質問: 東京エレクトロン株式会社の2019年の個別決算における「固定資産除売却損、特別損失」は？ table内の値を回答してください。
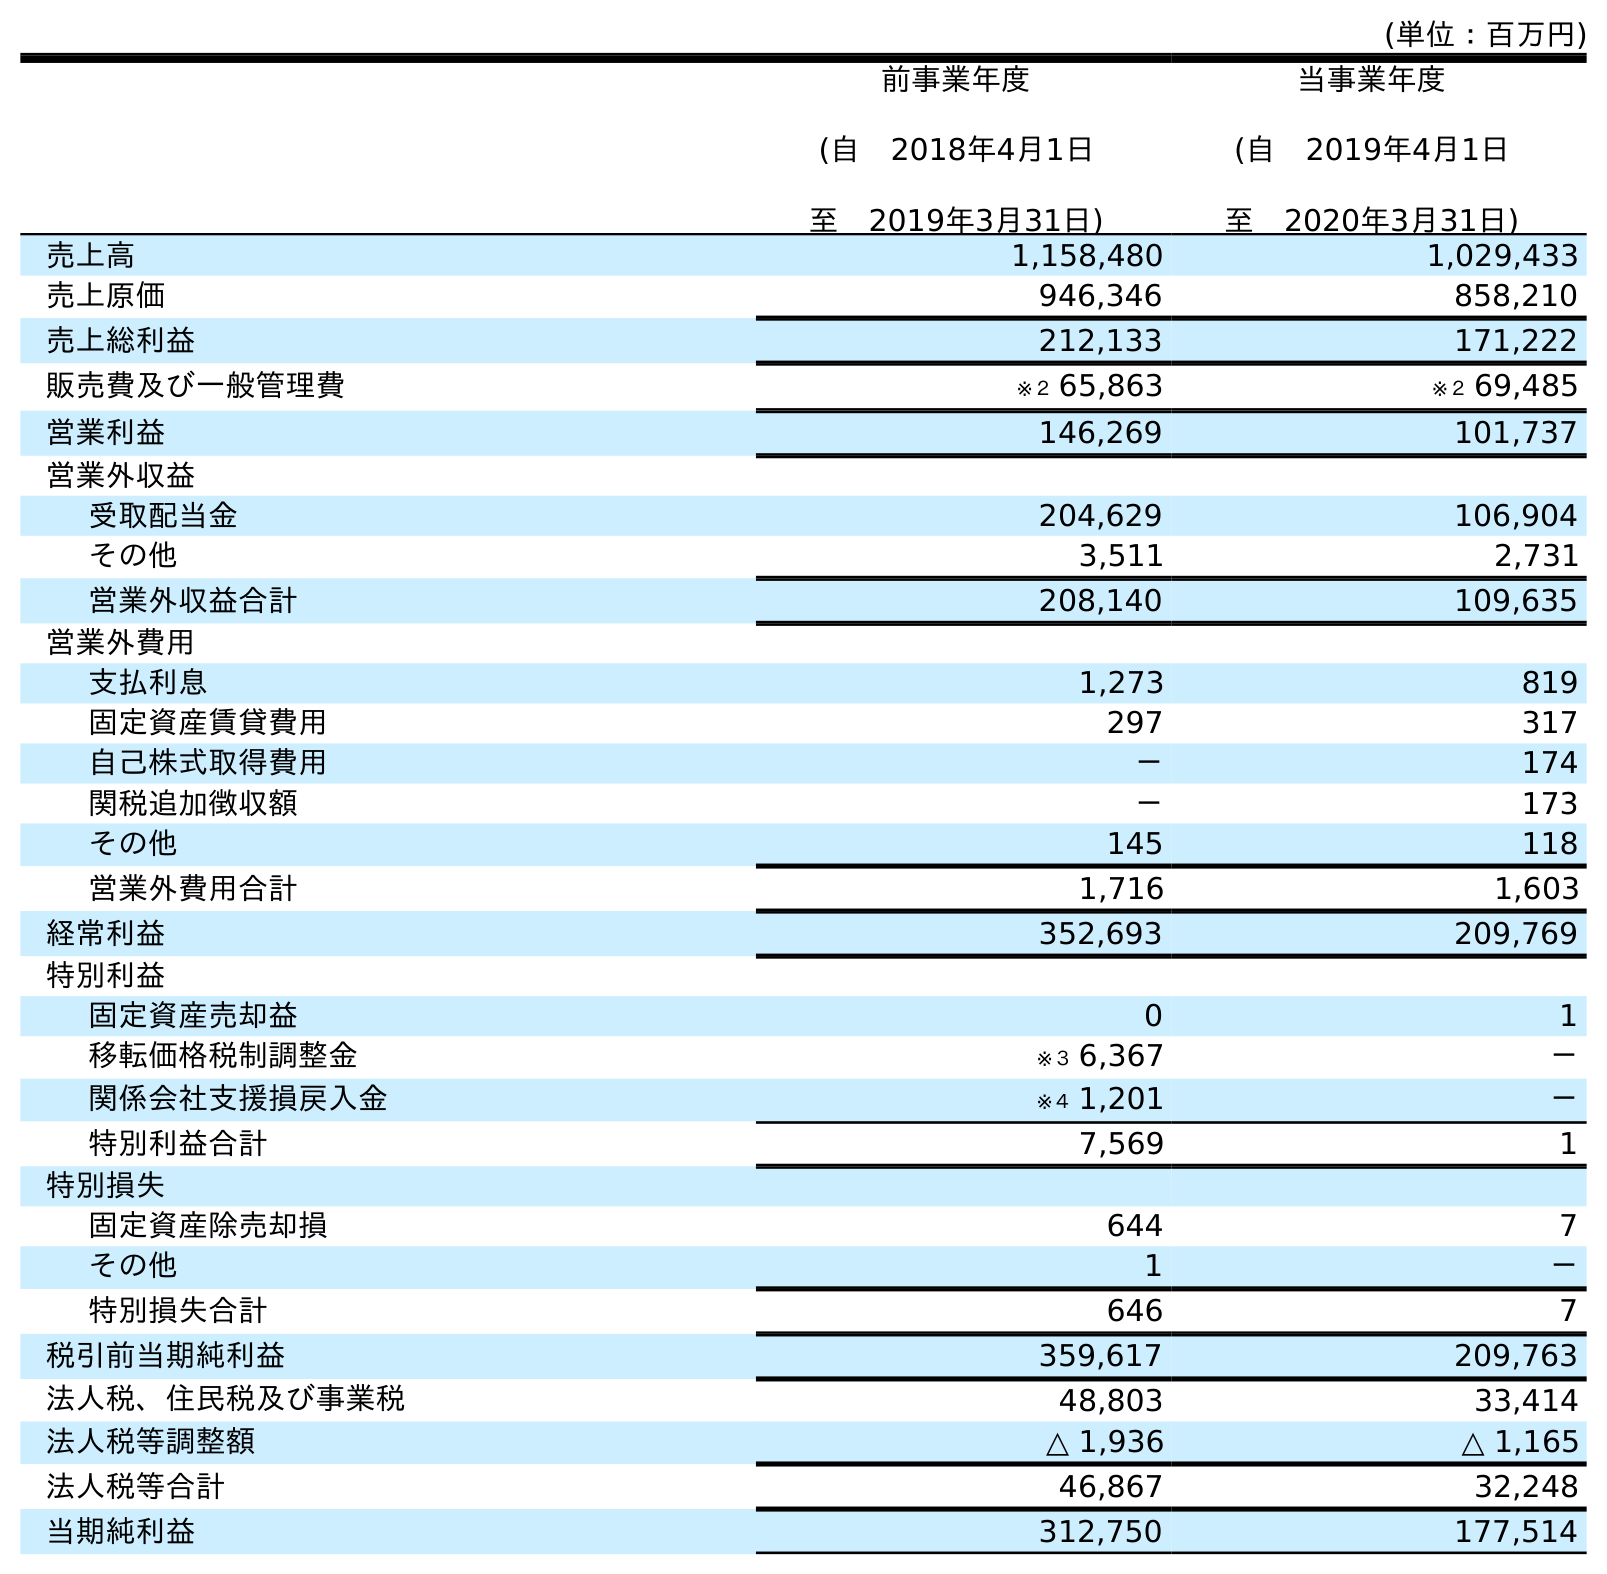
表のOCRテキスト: (単位：百万円) 前事業年度 (自 2018年4月1日 至 2019年3月31日) 当事業年度 (自 2019年4月1日 至 2020年3月31日) 売上高 1,158,480 1,029,433 売上原価 946,346 858,210 売上総利益 212,133 171,222 販売費及び一般管理費 ※２ 65,863 ※２ 69,485 営業利益 146,269 101,737 営業外収益 受取配当金 204,629 106,904 その他 3,511 2,731 営業外収益合計 208,140 109,635 営業外費用 支払利息 1,273 819 固定資産賃貸費用 297 317 自己株式取得費用 － 174 関税追加徴収額 － 173 その他 145 118 営業外費用合計 1,716 1,603 経常利益 352,693 209,769 特別利益 固定資産売却益 0 1 移転価格税制調整金 ※３ 6,367 － 関係会社支援損戻入金 ※４ 1,201 － 特別利益合計 7,569 1 特別損失 固定資産除売却損 644 7 その他 1 － 特別損失合計 646 7 税引前当期純利益 359,617 209,763 法人税、住民税及び事業税 48,803 33,414 法人税等調整額 △ 1,936 △ 1,165 法人税等合計 46,867 32,248 当期純利益 312,750 177,514
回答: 644